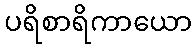
ပရိစာရိကာယော